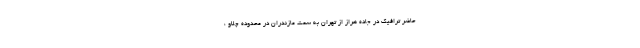
حاضر ترافیک در جاده هراز از تهران به سمت مازندران در محدوده چلاو ،